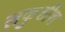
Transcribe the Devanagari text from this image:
लकुशीश